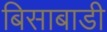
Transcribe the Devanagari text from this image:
बिसाबाडी